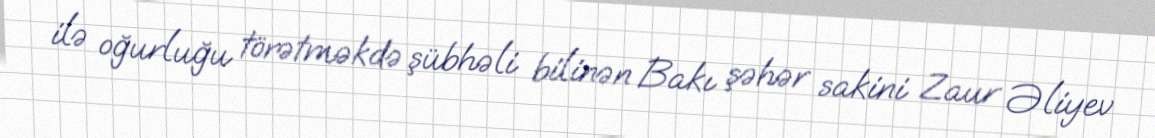
ilə oğurluğu törətməkdə şübhəli bilinən Bakı şəhər sakini Zaur Əliyev